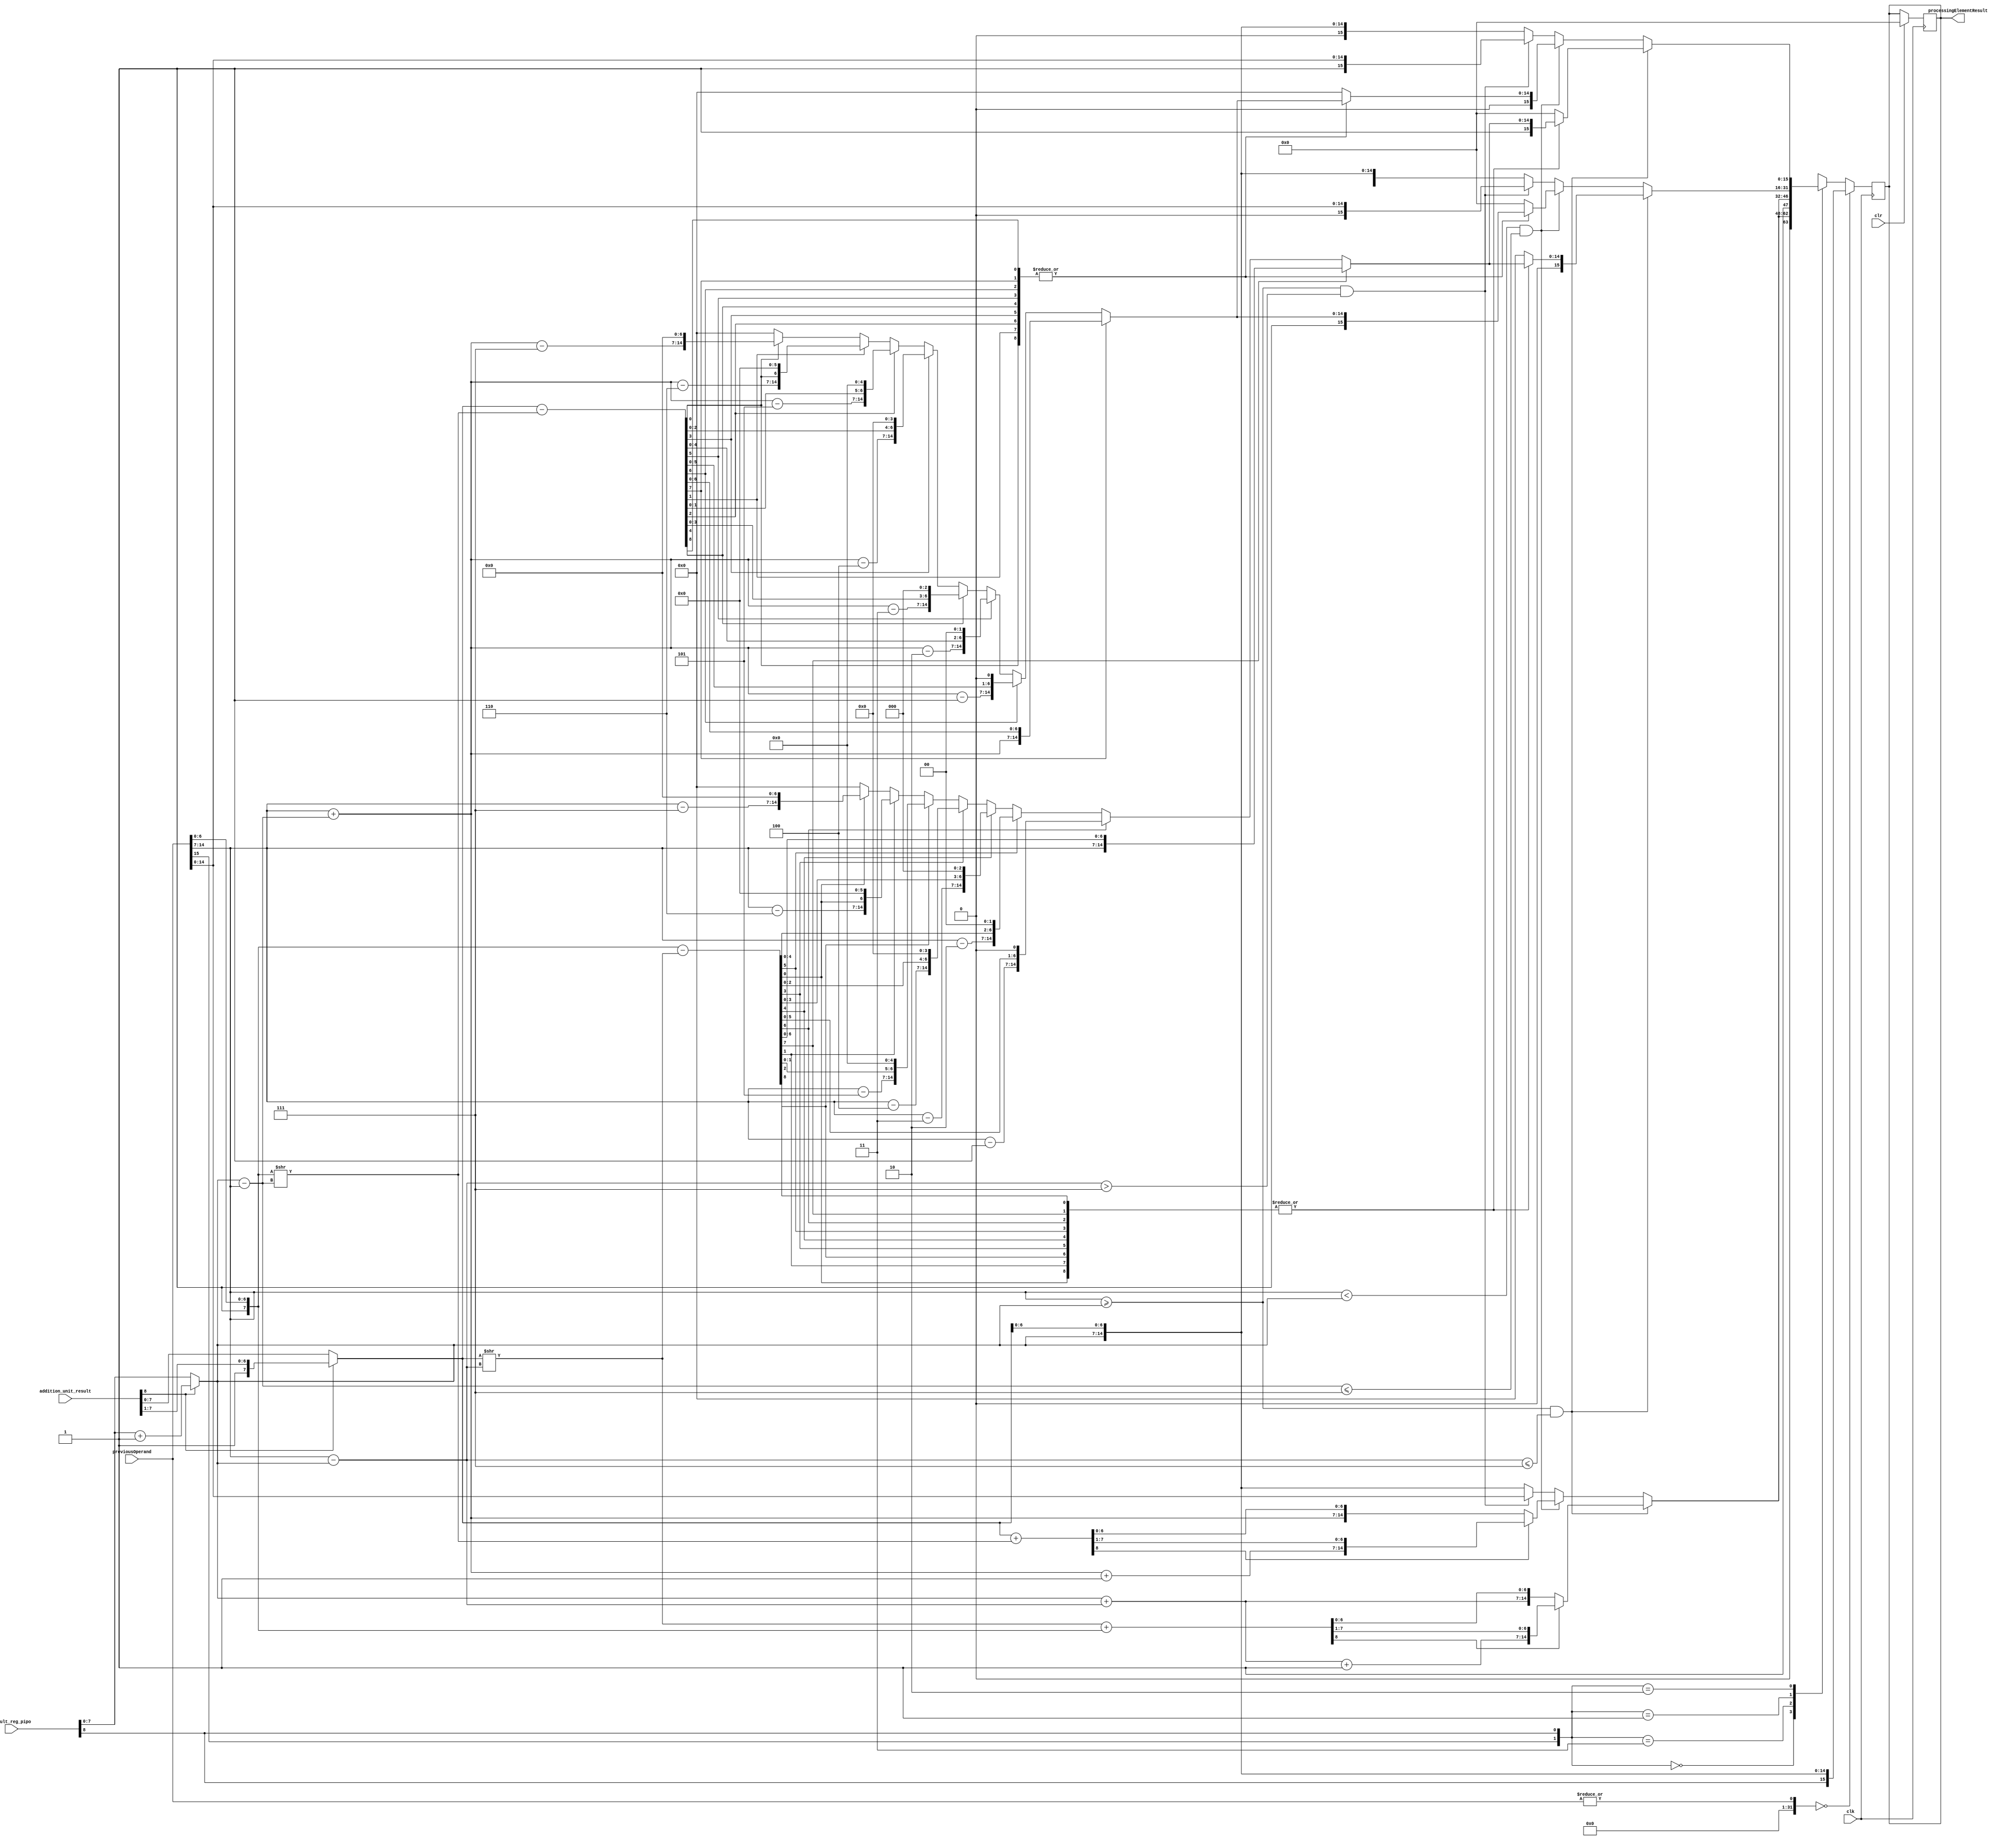
`timescale 1ns / 1ps
//////////////////////////////////////////////////////////////////////////////////
// Company: open-source
// 
// Design Name: behavioral approach
// Module Name: accumulator_unit
// Project Name: Systolic Array
// Target Devices: nexys ddr4
// Tool Versions: 2020.2
// Description: accumulator for storing the final addition of elements.
// 
// Dependencies: 
// 
// Revision:
// Revision 0.01 - File Created
// Additional Comments:
// 
//////////////////////////////////////////////////////////////////////////////////



module accumulator_unit(
    output reg [15:0] processingElementResult,
    
    input wire [8:0] result_reg_pipo,           // current operands sign and exponent before normalization.
    input wire [8:0] addition_unit_result,      // current operands mantissa before normalization.
    input wire [15:0] previousOperand,
    input wire clr,
    input wire clk
    );


    // register to store temporary result.
    // reg [15:0] processingElementResult;
    reg [8:0] tempaddrslt;

    

    // new normalized current operand.
    reg [7:0] CNormMantissa;       // this is of the format 1.1100_111- 8-bits.
    reg [7:0] CNormExponent;

    // registers to store the last operands mantissa and exponent bits.
    reg [7:0] LNormMantissa;        // this if of the format 1.0011_111- 7-bits
    reg [7:0] LNormExponent;
    
    //-----------------------------------------------------------------------------------------------------------------
    //-----------------------------------------------------------------------------------------------------------------
    //-----------------------------------------------------------------------------------------------------------------
    //- clear block to clear all register.
    always @(negedge clk) begin

        if (clr==1'b1) begin
            // clearing the mantissa and exponents bits of current operands.
            CNormMantissa<= 0;
            CNormExponent<= 0;

            // clearing the mantissa and exponents bits of last operands.
            LNormExponent<= 0;
            LNormMantissa<= 0;

            // clearing the temporary addition result register.
            tempaddrslt<= 0;

            // clearing the output -processing Element result register.
            processingElementResult<= 0;
        end
    end
    //-----------------------------------------------------------------------------------------------------------------
    //-----------------------------------------------------------------------------------------------------------------
    //-----------------------------------------------------------------------------------------------------------------



//---------------------------------------------------------------------------------------------------------------------->
//---------------------------------------------------------------------------------------------------------------------->
//---------------------------------------------------------------------------------------------------------------------->

    always @(negedge clk) begin


        //========================================================================================================================
        // first of all store all the values into temporary registers for further operations.

        //@ storing operands into the register, mantissa and exponent separate.
        LNormMantissa= {1'b1, previousOperand[6:0]};
        LNormExponent= previousOperand[14:7];
        //========================================================================================================================
        
        //@ **********************************************************************************************************************

        // first normalizing the obtained result fron the addition unit i.e. as the result obtained
        // will be of 9 bits so i have to extract 7 bits out of it. If MSB is 1 then extract the
        // first 7 bits of MSB and if MSB is 0 then extract the last 7 MSB bits of the addition unit 
        // result.

        CNormMantissa= (addition_unit_result[8]==1) ? addition_unit_result[8:1] : addition_unit_result[7:0];
        CNormExponent= (addition_unit_result[8]==1) ? result_reg_pipo[7:0]+8'd1 : result_reg_pipo[7:0];

        //@ **********************************************************************************************************************
        
        //->>>>>>>>>>>>>>>>>>>>>>>>>>>>>>>>>>>>>>>>>>>>>>>>>>>>>>>>>>>>>>>>>>>>>>>>>>>>>>>>>>>>>>>>>>>>>>>>>>>>>>>>>>>>>>>>>>>>>>>
        //@ if previous operand is 0= 0_0000_0000_0000_000 then simply pass the current operand at the accumulator output.
        //@ {sign, exponent, mantissa};
        if ((|previousOperand)==0) begin
            processingElementResult<= {result_reg_pipo[8], CNormExponent, CNormMantissa[6:0]};
        end
        //->>>>>>>>>>>>>>>>>>>>>>>>>>>>>>>>>>>>>>>>>>>>>>>>>>>>>>>>>>>>>>>>>>>>>>>>>>>>>>>>>>>>>>>>>>>>>>>>>>>>>>>>>>>>>>>>>>>>>>>

        else begin

            case({previousOperand[15], result_reg_pipo[8]})

                2'b00: begin

                    $display("case 00 got executed!");

                //-> condition (Last Operand Exponent >= Current Operand Exponent) and the difference is less than equal to 7.
                    if (LNormExponent>=CNormExponent && ((LNormExponent-CNormExponent)<= 3'd7)) begin       // first check if the difference is less than equal to 7;
                        CNormMantissa= (CNormMantissa>> (LNormExponent-CNormExponent));                     // shift the mantissa bits accordingly.
                        CNormExponent= (CNormExponent+ (LNormExponent-CNormExponent));                      // and also update the exponent.
                        
                        // you have made the exponent bits same ,now you can add mantissa.
                        tempaddrslt= CNormMantissa+ LNormMantissa;

                        // updating the final result of accumulator unit.
                        processingElementResult= (tempaddrslt[8]==1'b1) ? {1'b0, (CNormExponent+ 1'b1), tempaddrslt[7:1]} : {1'b0, CNormExponent, tempaddrslt[6:0]};
                        
                        end
                    
                    //-> condition (Last Operand Exponent < Current Operand Exponent) and the difference is less than equal to 7
                    else if((LNormExponent< CNormExponent) && ((CNormExponent-LNormExponent)<= 3'd7)) begin          // first check if the difference is less than equal to 7;
                        LNormMantissa= (LNormMantissa >> (CNormExponent-LNormExponent));                             // shift the mantissa bits accordingly.
                        LNormExponent= (LNormExponent+ (CNormExponent-LNormExponent));                               // and also update the exponet.
                        
                        // you have made the exponent bits same ,now you can add mantissa.
                        tempaddrslt= CNormMantissa+ LNormMantissa;

                        // updating the final result of accumulator unit.
                        processingElementResult= (tempaddrslt[8]==1'b1) ? {1'b0, (LNormExponent+ 1'b1), tempaddrslt[7:1]} : {1'b0, LNormExponent, tempaddrslt[6:0]};
                    end
                    
                    //-> condition (Last Operand Exponent > Current Operand Exponent) but difference greater than 7.
                    else if (LNormExponent>=CNormExponent && ((LNormExponent-CNormExponent)> 3'd7)) begin

                        // in this case since the difference is greater than 7 then simply consider greater exponent magnitude.
                        processingElementResult= {1'b0, LNormExponent, LNormMantissa[6:0]};
                    end
                    
                    //-> condition (Last Operand Exponent > Current Operand Exponent) but difference greater than 7.
                    else if (LNormExponent< CNormExponent && ((CNormExponent- LNormExponent)> 3'd7)) begin
                        
                        // in this case since the difference is greater than 7 then simply consider greater exponent magnitude.
                        processingElementResult= {1'b0, CNormExponent, CNormMantissa[6:0]};
                    end

                    //-> default case if any problem then simply pass the Current Operand.
                    else begin
                        processingElementResult= {1'b0, CNormExponent, CNormMantissa[6:0]};
                    end

                end

                2'b11: begin

                    $display("case 11 got executed!");
                    
                    //-> condition (Last Operand Exponent >= Current Operand Exponent) and the difference is less than equal to 7.
                    if (LNormExponent>=CNormExponent && ((LNormExponent-CNormExponent)<= 3'd7)) begin       // first check if the difference is less than equal to 7;
                        CNormMantissa= (CNormMantissa>> (LNormExponent-CNormExponent));                     // shift the mantissa bits accordingly.
                        CNormExponent= (CNormExponent+ (LNormExponent-CNormExponent));                      // and also update the exponent.
                        
                        // you have made the exponent bits same ,now you can add mantissa.
                        tempaddrslt= CNormMantissa+ LNormMantissa;

                        // updating the final result of accumulator unit.
                        processingElementResult= (tempaddrslt[8]==1'b1) ? {1'b1, (CNormExponent+ 1'b1), tempaddrslt[7:1]} : {1'b1, CNormExponent, tempaddrslt[6:0]};
                        
                        end
                    
                    //-> condition (Last Operand Exponent < Current Operand Exponent) and the difference is less than equal to 7
                    else if((LNormExponent< CNormExponent) && ((CNormExponent-LNormExponent)<= 3'd7)) begin          // first check if the difference is less than equal to 7;
                        LNormMantissa= (LNormMantissa >> (CNormExponent-LNormExponent));                             // shift the mantissa bits accordingly.
                        LNormExponent= (LNormExponent+ (CNormExponent-LNormExponent));                               // and also update the exponet.
                        
                        // you have made the exponent bits same ,now you can add mantissa.
                        tempaddrslt= CNormMantissa+ LNormMantissa;

                        // updating the final result of accumulator unit.
                        processingElementResult= (tempaddrslt[8]==1'b1) ? {1'b1, (LNormExponent+ 1'b1), tempaddrslt[7:1]} : {1'b1, LNormExponent, tempaddrslt[6:0]};
                    end
                    
                    //-> condition (Last Operand Exponent > Current Operand Exponent) but difference greater than 7.
                    else if (LNormExponent>=CNormExponent && ((LNormExponent-CNormExponent)> 3'd7)) begin

                        // in this case since the difference is greater than 7 then simply consider greater exponent magnitude.
                        processingElementResult= {1'b1, LNormExponent, LNormMantissa[6:0]};
                    end
                    
                    //-> condition (Last Operand Exponent > Current Operand Exponent) but difference greater than 7.
                    else if (LNormExponent< CNormExponent && ((CNormExponent- LNormExponent)> 3'd7)) begin
                        
                        // in this case since the difference is greater than 7 then simply consider greater exponent magnitude.
                        processingElementResult= {1'b1, CNormExponent, CNormMantissa[6:0]};
                    end

                    //-> default case if any problem then simply pass the Current Operand.
                    else begin
                        processingElementResult= {1'b1, CNormExponent, CNormMantissa[6:0]};
                    end

                end

                2'b01: begin

                    $display("case 01 got executed!");

                    //->  condition (last operand exponent >= current operand exponent) and the difference is less than equal to 7.
                    if ((LNormExponent>=CNormExponent) && ((LNormExponent-CNormExponent)<= 3'd7)) begin     // first check if the difference is less than equal to 7;
                        CNormMantissa= (CNormMantissa>> (LNormExponent-CNormExponent));                     // shift the mantissa bits accordingly.
                        CNormExponent= (CNormExponent+ (LNormExponent-CNormExponent));                      // and also update the exponent.
                        
                        // you have made the exponent bits same ,now you can get the difference of mantissa.
                        tempaddrslt= LNormMantissa- CNormMantissa;

                        // updating the final result of accumulator unit.
                        // since it was difference the normalization is different i.e. simply
                        // shift your decimal to 1.mantissa format and accordingly update the 
                        // exponent.
                        // also tempaddrslt is of 9 bits but the difference will not overflow ever since it is difference.

                        //@ using function to produce BFLOAT16 format.
                        processingElementResult= (|tempaddrslt== 1'b0) ? 16'd0 : {1'b0, (BFLOAT16formatter(tempaddrslt, LNormExponent))};
                    end


                    //-> condition (Last Operand Exponent < Current Operand Exponent) and the difference is less than equal to 7
                    else if((LNormExponent< CNormExponent) && ((CNormExponent-LNormExponent)<= 3'd7)) begin          // first check if the difference is less than equal to 7;
                        LNormMantissa= (LNormMantissa >> (CNormExponent-LNormExponent));                             // shift the mantissa bits accordingly.
                        LNormExponent= (LNormExponent+ (CNormExponent-LNormExponent));                               // and also update the exponet.
                        
                        // you have made the exponent bits same ,now you can get the difference of mantissa.
                        tempaddrslt= CNormMantissa- LNormMantissa;

                        // updating the final result of accumulator unit.
                        // since it was difference the normalization is different i.e. simply
                        // shift your decimal to 1.mantissa format and accordingly update the 
                        // exponent.
                        // also tempaddrslt is of 9 bits but the difference will not overflow ever since it is difference.

                        //@ using function to produce BFLOAT16 format.
                         processingElementResult= (|tempaddrslt== 1'b0) ? 16'd0 : {1'b1, (BFLOAT16formatter(tempaddrslt, LNormExponent))};
                    end
                    
                    //-> condition (Last Operand Exponent > Current Operand Exponent) but difference greater than 7.
                    else if (LNormExponent>=CNormExponent && ((LNormExponent-CNormExponent)> 3'd7)) begin

                        // in this case since the difference is greater than 7 then simply consider greater exponent magnitude.
                        processingElementResult= {1'b0, LNormExponent, LNormMantissa[6:0]};
                    end
                    
                    //-> condition (Last Operand Exponent < Current Operand Exponent) but difference greater than 7.
                    else if (LNormExponent< CNormExponent && ((CNormExponent- LNormExponent)> 3'd7)) begin
                        
                        // in this case since the difference is greater than 7 then simply consider greater exponent magnitude.
                        processingElementResult= {1'b1, CNormExponent, CNormMantissa[6:0]};
                    end

                    //-> default case if any problem then simply pass the Current Operand.
                    else begin
                        processingElementResult= {1'b1, CNormExponent, CNormMantissa[6:0]};
                    end

                end

                2'b10: begin

                    $display("case 10 got executed!");

                    //->  condition (last operand exponent >= current operand exponent) and the difference is less than equal to 7.
                    if ((LNormExponent>=CNormExponent) && ((LNormExponent-CNormExponent)<= 3'd7)) begin     // first check if the difference is less than equal to 7;
                        CNormMantissa= (CNormMantissa>> (LNormExponent-CNormExponent));                     // shift the mantissa bits accordingly.
                        CNormExponent= (CNormExponent+ (LNormExponent-CNormExponent));                      // and also update the exponent.
                        
                        // you have made the exponent bits same ,now you can get the difference of mantissa.
                        tempaddrslt= LNormMantissa- CNormMantissa;

                        // updating the final result of accumulator unit.
                        // since it was difference the normalization is different i.e. simply
                        // shift your decimal to 1.mantissa format and accordingly update the 
                        // exponent.
                        // also tempaddrslt is of 9 bits but the difference will not overflow ever since it is difference.

                        //@ using function to produce BFLOAT16 format.
                        processingElementResult= (|tempaddrslt== 1'b0) ? 16'd0 : {1'b1, (BFLOAT16formatter(tempaddrslt, LNormExponent))};
                    end


                    //-> condition (Last Operand Exponent < Current Operand Exponent) and the difference is less than equal to 7
                    else if((LNormExponent< CNormExponent) && ((CNormExponent-LNormExponent)<= 3'd7)) begin          // first check if the difference is less than equal to 7;
                        LNormMantissa= (LNormMantissa >> (CNormExponent-LNormExponent));                             // shift the mantissa bits accordingly.
                        LNormExponent= (LNormExponent+ (CNormExponent-LNormExponent));                               // and also update the exponet.
                        
                        // you have made the exponent bits same ,now you can get the difference of mantissa.
                        tempaddrslt= CNormMantissa- LNormMantissa;

                        // updating the final result of accumulator unit.
                        // since it was difference the normalization is different i.e. simply
                        // shift your decimal to 1.mantissa format and accordingly update the 
                        // exponent.
                        // also tempaddrslt is of 9 bits but the difference will not overflow ever since it is difference.

                        //@ using function to produce BFLOAT16 format.
                         processingElementResult= (|tempaddrslt== 1'b0) ? 16'd0 : {1'b0, (BFLOAT16formatter(tempaddrslt, LNormExponent))};
                    end
                    
                    //-> condition (Last Operand Exponent > Current Operand Exponent) but difference greater than 7.
                    else if (LNormExponent>=CNormExponent && ((LNormExponent-CNormExponent)> 3'd7)) begin

                        // in this case since the difference is greater than 7 then simply consider greater exponent magnitude.
                        processingElementResult= {1'b1, LNormExponent, LNormMantissa[6:0]};
                    end
                    
                    //-> condition (Last Operand Exponent < Current Operand Exponent) but difference greater than 7.
                    else if (LNormExponent< CNormExponent && ((CNormExponent- LNormExponent)> 3'd7)) begin
                        
                        // in this case since the difference is greater than 7 then simply consider greater exponent magnitude.
                        processingElementResult= {1'b0, CNormExponent, CNormMantissa[6:0]};
                    end

                    //-> default case if any problem then simply pass the Current Operand.
                    else begin
                        processingElementResult= {1'b0, CNormExponent, CNormMantissa[6:0]};
                    end

                    


                end


                // if no case satisfy then simply get the distance of exponent from the bias and whichever is
                // larger take that value in as result.
                default : begin
                    $display("case default got executed!");
                    if ((LNormExponent+8'b1000_0001)>= (CNormExponent+8'b1000_0001)) begin
                        processingElementResult= previousOperand;
                    end
                    
                    else if ((LNormExponent+8'b1000_0001)< (CNormExponent+8'b1000_0001)) begin
                        processingElementResult= {result_reg_pipo[8], CNormExponent, CNormMantissa[6:0]};
                    end

                    else begin
                        
                        // if this also not results in suitable result then simply, send the current output in result.
                        processingElementResult= {result_reg_pipo[8], CNormExponent, CNormMantissa[6:0]};
                    end
                end

                endcase
                end
        
end

//=========================================================
//=     function to shift the bits of the mantissa
//=     and also the exponents accordingly so that 
//=     the result is represented in BFLOAT16 format.
//=========================================================

function automatic [14:0] BFLOAT16formatter(
                            input [8:0] mantissa,
                            input [7:0] exponent
                        );

        begin
        if (mantissa[7]== 1'b1) begin
            BFLOAT16formatter= {exponent, mantissa[6:0]};
        end

        else if (mantissa[6]== 1'b1) begin
            exponent= exponent- 1'b1;       // exponent-1
            BFLOAT16formatter= {exponent, mantissa[5:0], 1'b0};
        end

        else if (mantissa[5]== 1'b1) begin
            exponent= exponent-2'b10;       // exponent-2
            BFLOAT16formatter= {exponent, mantissa[4:0], 2'b00};
        end

        else if (mantissa[4]== 1'b1) begin
            exponent= exponent- 2'b11;      // exponent-3
            BFLOAT16formatter= {exponent, mantissa[3:0], 3'b000};
        end

        else if (mantissa[3]== 1'b1) begin
            exponent= exponent- 3'b100;     // exponent-4
            BFLOAT16formatter= {exponent, mantissa[2:0], 4'b0000};
        end

        else if (mantissa[2]== 1'b1) begin
            exponent= exponent- 3'b101;      // exponent-5
            BFLOAT16formatter= {exponent, mantissa[1:0], 5'b00000};
        end

        else if (mantissa[1]== 1'b1) begin
            exponent= exponent- 3'b110;     // exponent-6
            BFLOAT16formatter= {exponent, mantissa[0], 6'b000000};
        end
                                
        else if (mantissa[0]== 1'b1) begin
            exponent= exponent- 3'b111;     // exponent-7
            BFLOAT16formatter= {exponent, 7'b000_0000};
        end

        else begin
            exponent= 8'b0000_0000;
            BFLOAT16formatter= {exponent, 7'b000_0000};
        end

        end
endfunction

endmodule